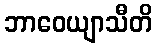
ဘာဝေယျာသီတိ